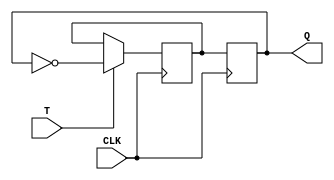
module t_latch (
    input T,
    input CLK,
    output reg Q
);

reg D;

always @(posedge CLK) begin
    if (T) begin
        D <= ~Q;
    end
end

always @(posedge CLK) begin
    Q <= D;
end

endmodule